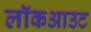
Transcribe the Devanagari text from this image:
लॉकआउट